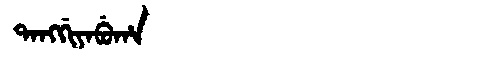
Manchu: ᡨᠠᠩᡤᡳᠶᠠᠪᡠᡥᠠ
Romanization: TANGGIYABUHA